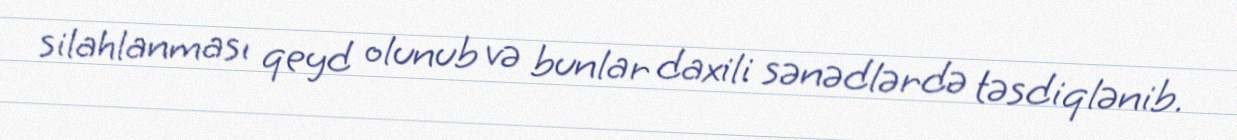
silahlanması qeyd olunub və bunlar daxili sənədlərdə təsdiqlənib.